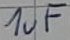
Text: 1uF